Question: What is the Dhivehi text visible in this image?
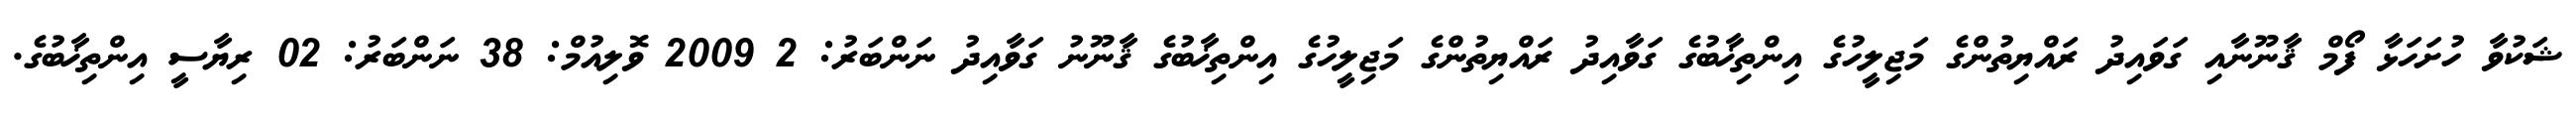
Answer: ޝަކުވާ ހުށަހަޅާ ފޯމް ޤާނޫނާއި ގަވައިދު ރައްޔިތުންގެ މަޖިލީހުގެ އިންތިޚާބުގެ ގަވާއިދު ރައްޔިތުންގެ މަޖިލީހުގެ އިންތިޚާބުގެ ޤާނޫނު ގަވާއިދު ނަންބަރު: 2 2009 ވޮލިއުމް: 38 ނަންބަރު: 02 ރިޔާސީ އިންތިޚާބުގެ.